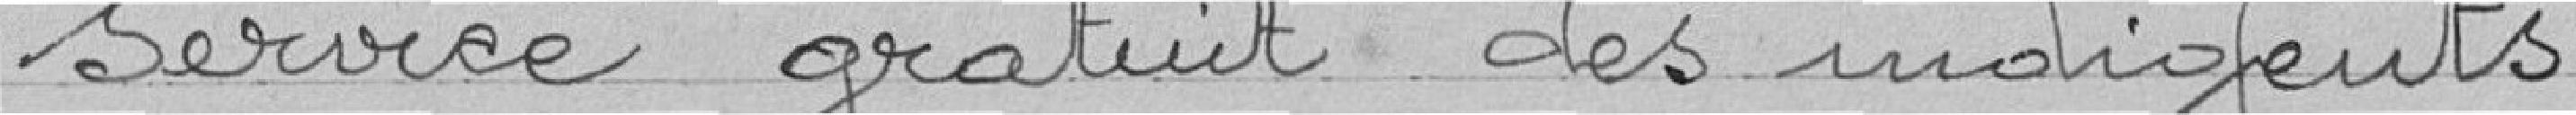
service gratuit des indigents.